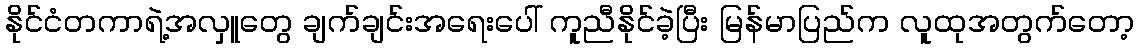
နိုင်ငံတကာရဲ့အလှူတွေ ချက်ချင်းအရေးပေါ် ကူညီနိုင်ခဲ့ပြီး မြန်မာပြည်က လူထုအတွက်တော့